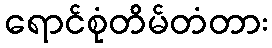
ရောင်စုံတိမ်တံတား